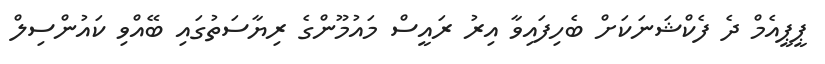
ޕީޕީއެމް ދެ ފެކްޝަނަކަށް ބެހިފައިވާ އިރު ރައީސް މައުމޫންގެ ރިޔާސަތުގައި ބޭއްވި ކައުންސިލް